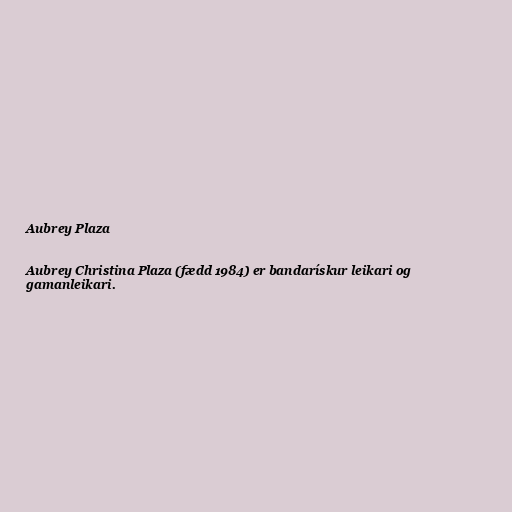
Aubrey Plaza

Aubrey Christina Plaza (fædd 1984) er bandarískur leikari og
gamanleikari.